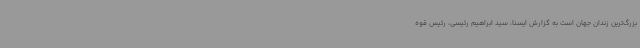
بزرگ‌ترین زندان جهان است به گزارش ایسنا، سید ابراهیم رئیسی، رئیس قوه